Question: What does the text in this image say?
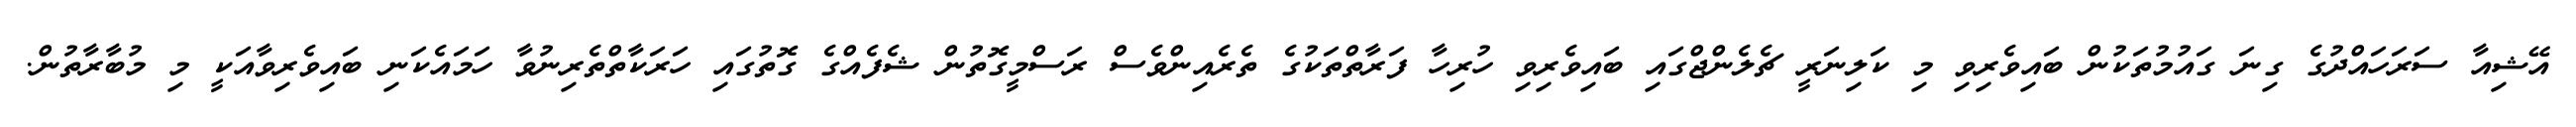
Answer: އޭޝިއާ ސަރަހައްދުގެ ގިނަ ގައުމުތަކުން ބައިވެރިވި މި ކަލިނަރީ ޗެލެންޖްގައި ބައިވެރިވި ހުރިހާ ފަރާތްތަކުގެ ތެރެއިންވެސް ރަސްމީގޮތުން ޝެފެއްގެ ގޮތުގައި ހަރަކާތްތެރިނުވާ ހަމައެކަނި ބައިވެރިވާއަކީ މި މުބާރާތުން.